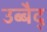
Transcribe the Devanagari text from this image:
उब्बैद्